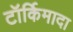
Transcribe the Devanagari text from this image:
टॉर्किमादा